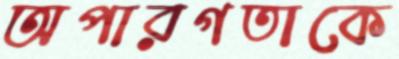
অপারগতাকে